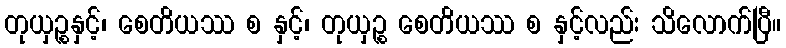
တုယှဉ္စနှင့်၊ စေတိယဿ စ နှင့်၊ တုယှဉ္စ စေတိယဿ စ နှင့်လည်း သိလောက်ပြီ။